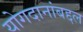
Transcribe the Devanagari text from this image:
योगदानांबद्दल